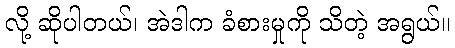
လို့ ဆိုပါတယ်၊ အဲဒါက ခံစားမှုကို သိတဲ့ အရွယ်။